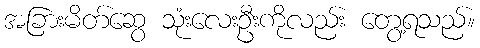
အခြားမိတ်ဆွေ သုံးလေးဦးကိုလည်း တွေ့ရသည်။